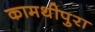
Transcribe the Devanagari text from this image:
कामथीपुरा